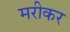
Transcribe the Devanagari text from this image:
मरीकर